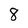
Character: 8